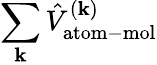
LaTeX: \sum_{\mathbf{k}}\hat{{V}}_{\mathrm{{atom-mol}}}^{(\mathbf{k})}